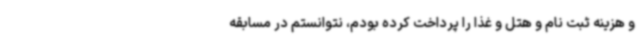
و هزینه ثبت نام و هتل و غذا را پرداخت کرده بودم، نتوانستم در مسابقه